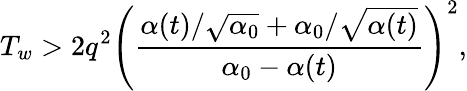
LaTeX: T_{w}>2q^{2}\left(\frac{\alpha(t)/\sqrt{\alpha_{0}}+\alpha_{0}/\sqrt{\alpha(t)}}{\alpha_{0}-\alpha(t)}\right)^{2},